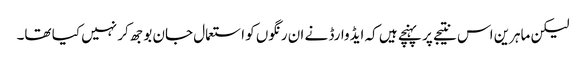
لیکن ماہرین اس نتیجے پر پہنچے ہیں کہ ایڈوارڈ نے ان رنگوں کو استعمال جان بوجھ کر نہیں کیا تھا۔